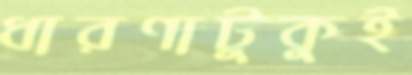
ধারণাটুকুই